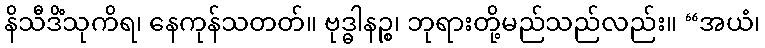
နိသီဒိံသုကိရ၊ နေကုန်သတတ်။ ဗုဒ္ဓါနဉ္စ၊ ဘုရားတို့မည်သည်လည်း။ “အယံ၊